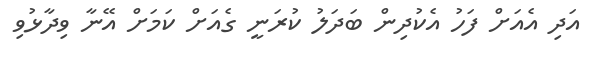
އަދި އެއަށް ފަހު އެކުދިން ބަދަލު ކުރަނީ ގެއަށް ކަމަށް އޭނާ ވިދާޅުވި